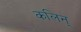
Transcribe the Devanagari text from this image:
कलिन्